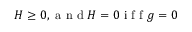
H \geq 0 , \mathrm { ~ a ~ n ~ d ~ } H = 0 \mathrm { ~ i ~ f ~ f ~ } g = 0